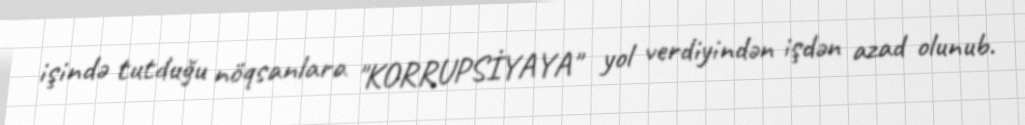
işində tutduğu nöqsanlara "KORRUPSİYAYA" yol verdiyindən işdən azad olunub.